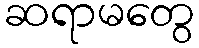
ဆရာမတွေ